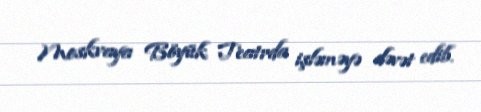
Moskvaya Böyük Teatrda işləməyə dəvət edib.